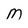
Character: M